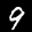
Label: 9